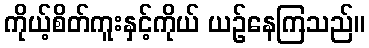
ကိုယ့်စိတ်ကူးနှင့်ကိုယ် ယဉ်နေကြသည်။